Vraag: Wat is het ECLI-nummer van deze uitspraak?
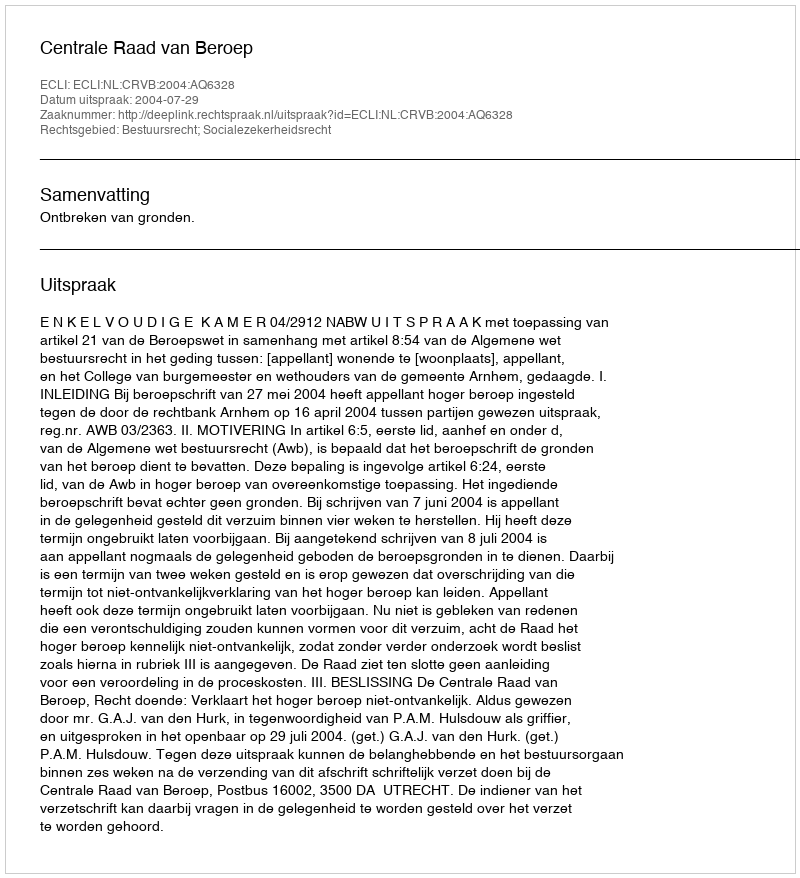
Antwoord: ECLI:NL:CRVB:2004:AQ6328